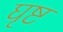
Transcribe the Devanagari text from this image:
घृष्ट